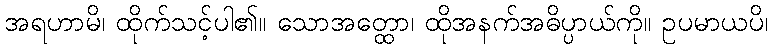
အရဟာမိ၊ ထိုက်သင့်ပါ၏။ သောအတ္ထော၊ ထိုအနက်အဓိပ္ပာယ်ကို။ ဥပမာယပိ၊